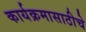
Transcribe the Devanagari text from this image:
कार्यक्रमासाठीचे